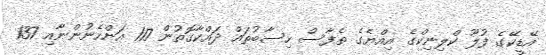
އޭޑީކޭގެ ފުލޫ ކްލިނިކްގެ އިއްޔެގެ ތެފާސް ހިސާބުތައް ދައްކާގޮތުން 117 އަންހެނުންނާއި 137